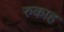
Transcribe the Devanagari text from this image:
रुकाह